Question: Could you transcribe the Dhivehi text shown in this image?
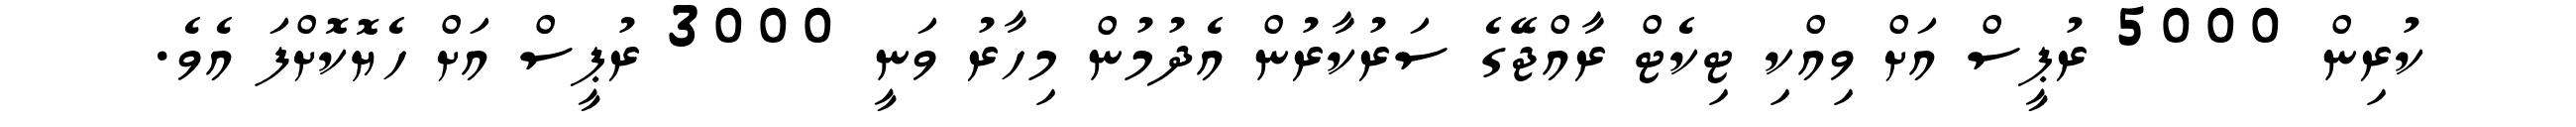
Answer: ކުރިން 5000 ރުޕީސް އަށް ވިއްކި ޓިކެޓް ރާއްޖޭގެ ސަރުކާރުން އެދުމުން މިހާރު ވަނީ 3000 ރުޕީސް އަށް ހެޔޮކޮށްފަ އެވެ.